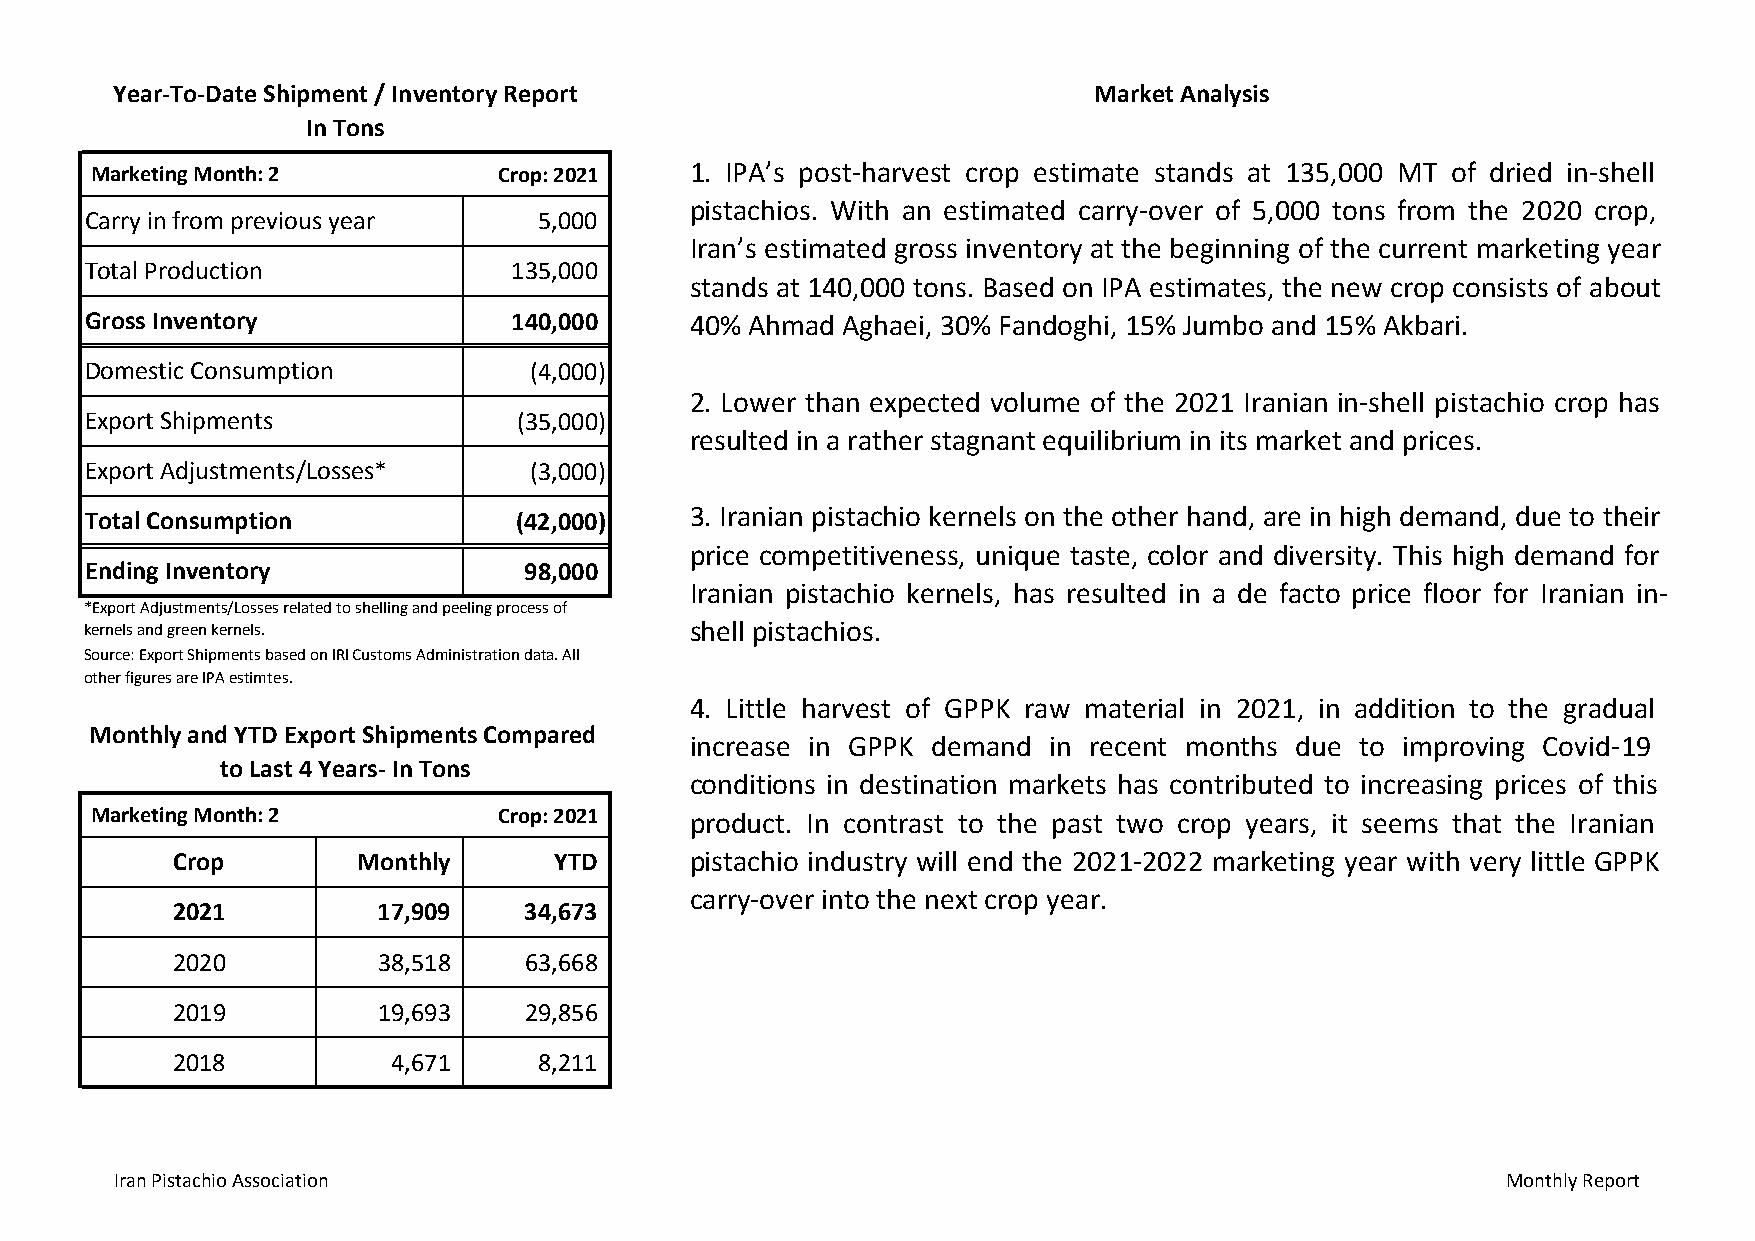
Year‐To‐Date Shipment / Inventory Report                         Market Analysis
 In Tons
 Marketing Month: 2         Crop: 2021   1. IPA’s post‐harvest crop estimate stands at 135,000 MT of dried in‐shell
 pistachios. With an estimated carry‐over of 5,000 tons from the 2020 crop,
 Carry in from previous year   5,000
 Iran’s estimated gross inventory at the beginning of the current marketing year
 Total Production            135,000
 stands at 140,000 tons. Based on IPA estimates, the new crop consists of about
 Gross Inventory             1 40,000    40% Ahmad Aghaei, 30% Fandoghi, 15% Jumbo and 15% Akbari.
 Domestic Consumption         (4,000)
 2. Lower than expected volume of the 2021 Iranian in‐shell pistachio crop has
 Export Shipments            (35,000)
 resulted in a rather stagnant equilibrium in its market and prices.
 Export Adjustments/Losses*   (3,000)
 Total Consumption           (42,000)    3. Iranian pistachio kernels on the other hand, are in high demand, due to their
 price competitiveness, unique taste, color and diversity. This high demand for
 Ending Inventory             98,000
 Iranian pistachio kernels, has resulted in a de facto price floor for Iranian in‐
 *Export Adjustments/Losses related to shelling and peeling process of
 kernels and green kernels.              shell pistachios.
 Source: Export Shipments based on IRI Customs Administration data. All
 other figures are IPA estimtes.
 4. Little harvest of GPPK raw material in 2021, in addition to the gradual
 Monthly and YTD Export Shipments Compared
 increase in GPPK demand in recent months due to improving Covid‐19
 to Last 4 Years‐ In Tons
 conditions in destination markets has contributed to increasing prices of this
 Marketing Month: 2         Crop: 2021   product. In contrast to the past two crop years, it seems that the Iranian
 Crop         Monthly      YTD      pistachio industry will end the 2021‐2022 marketing year with very little GPPK
 carry‐over into the next crop year.
 2021          17,909    3 4,673
 2020          3 8,518   6 3,668
 2019          1 9,693   2 9,856
 2018           4,671     8,211
 Iran Pistachio Association                                                                  Monthly Report